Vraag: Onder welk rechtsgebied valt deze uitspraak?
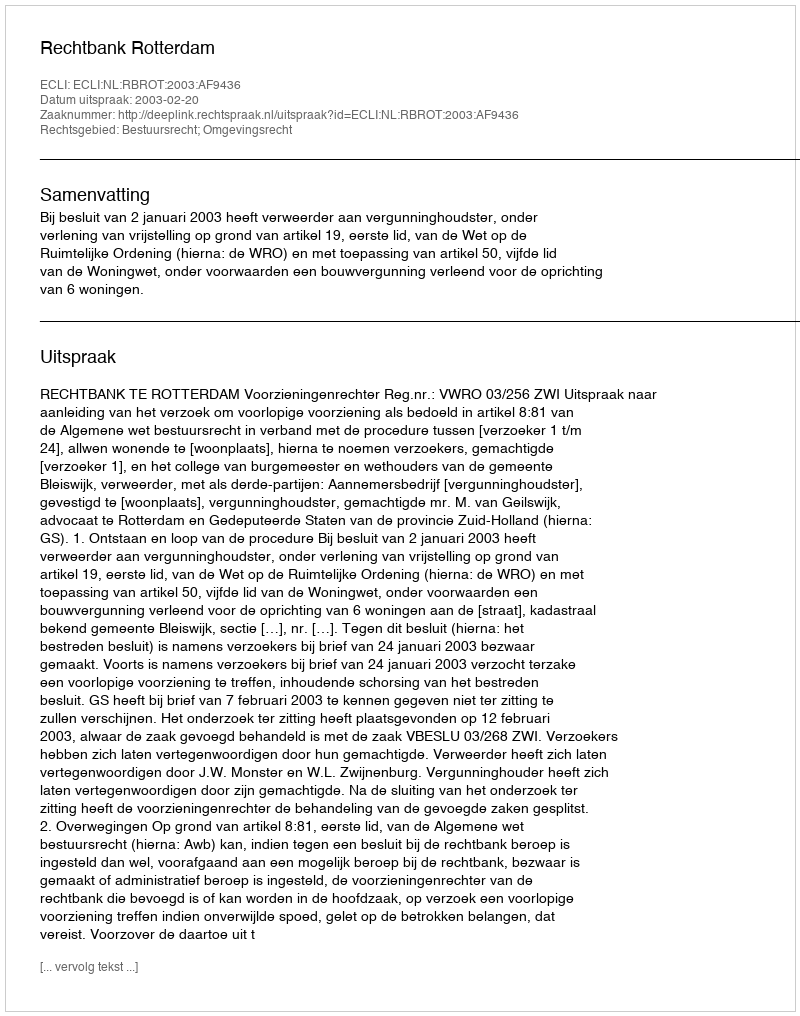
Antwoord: Bestuursrecht; Omgevingsrecht